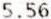
5.56